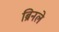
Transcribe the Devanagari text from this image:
ब्रिनले